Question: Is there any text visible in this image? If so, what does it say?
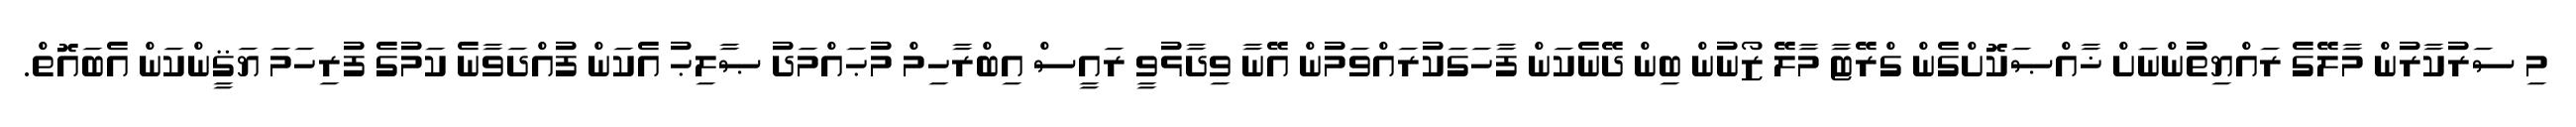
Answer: މި ސަރުކާރުން މާލޭގެ ރައްޔިތުންނަށް ޚާއްޞަކޮށްގެން ގްރޭޓާ މާލޭ ޒޯނުން ބިން ދޭނެކަން ފާހަގަކުރައްވަމުން އޭނާ ވިދާޅުވީ ރައީސް އިބްރާހިމް މުޙައްމަދު ޞާލިޙު އެކަން ފުއްދަވާނެ ކަމުގެ ފުރިހަމަ ޔަޤީންކަން އެބައޮތް.